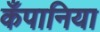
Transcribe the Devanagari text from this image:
कँपानिया